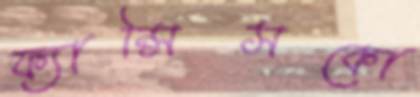
ফ্যান্সিসকো